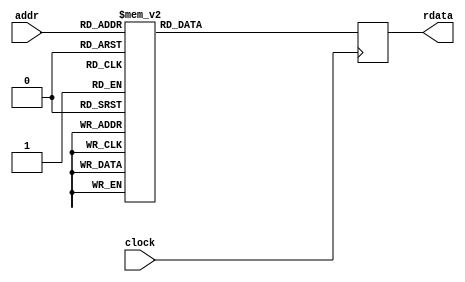

`timescale 1ps/1ps
module bm_cg_rom (clock, addr, rdata);


input              clock    ;
input  [6:0]       addr     ;
output [30:0]      rdata    ;

reg    [30:0]      rdata    ;

always @(posedge clock)
  case(addr)
    7'd0: rdata <= #1 {19'd262146, 12'd20};
    7'd1: rdata <= #1 {19'd262127, 12'd59};
    7'd2: rdata <= #1 {19'd262068, 12'd99};
    7'd3: rdata <= #1 {19'd261969, 12'd138};
    7'd4: rdata <= #1 {19'd261831, 12'd178};
    7'd5: rdata <= #1 {19'd261653, 12'd217};
    7'd6: rdata <= #1 {19'd261436, 12'd256};
    7'd7: rdata <= #1 {19'd261180, 12'd296};
    7'd8: rdata <= #1 {19'd260884, 12'd335};
    7'd9: rdata <= #1 {19'd260549, 12'd374};
    7'd10: rdata <= #1 {19'd260175, 12'd413};
    7'd11: rdata <= #1 {19'd259762, 12'd452};
    7'd12: rdata <= #1 {19'd259309, 12'd492};
    7'd13: rdata <= #1 {19'd258818, 12'd531};
    7'd14: rdata <= #1 {19'd258287, 12'd569};
    7'd15: rdata <= #1 {19'd257718, 12'd608};
    7'd16: rdata <= #1 {19'd257109, 12'd647};
    7'd17: rdata <= #1 {19'd256462, 12'd686};
    7'd18: rdata <= #1 {19'd255777, 12'd724};
    7'd19: rdata <= #1 {19'd255053, 12'd763};
    7'd20: rdata <= #1 {19'd254290, 12'd801};
    7'd21: rdata <= #1 {19'd253489, 12'd839};
    7'd22: rdata <= #1 {19'd252650, 12'd877};
    7'd23: rdata <= #1 {19'd251773, 12'd915};
    7'd24: rdata <= #1 {19'd250859, 12'd953};
    7'd25: rdata <= #1 {19'd249906, 12'd990};
    7'd26: rdata <= #1 {19'd248915, 12'd1028};
    7'd27: rdata <= #1 {19'd247888, 12'd1065};
    7'd28: rdata <= #1 {19'd246822, 12'd1102};
    7'd29: rdata <= #1 {19'd245720, 12'd1139};
    7'd30: rdata <= #1 {19'd244581, 12'd1176};
    7'd31: rdata <= #1 {19'd243405, 12'd1213};
    7'd32: rdata <= #1 {19'd242192, 12'd1249};
    7'd33: rdata <= #1 {19'd240942, 12'd1286};
    7'd34: rdata <= #1 {19'd239657, 12'd1322};
    7'd35: rdata <= #1 {19'd238335, 12'd1358};
    7'd36: rdata <= #1 {19'd236978, 12'd1393};
    7'd37: rdata <= #1 {19'd235584, 12'd1429};
    7'd38: rdata <= #1 {19'd234156, 12'd1464};
    7'd39: rdata <= #1 {19'd232692, 12'd1499};
    7'd40: rdata <= #1 {19'd231193, 12'd1534};
    7'd41: rdata <= #1 {19'd229659, 12'd1568};
    7'd42: rdata <= #1 {19'd228090, 12'd1603};
    7'd43: rdata <= #1 {19'd226487, 12'd1637};
    7'd44: rdata <= #1 {19'd224851, 12'd1671};
    7'd45: rdata <= #1 {19'd223180, 12'd1704};
    7'd46: rdata <= #1 {19'd221475, 12'd1738};
    7'd47: rdata <= #1 {19'd219738, 12'd1771};
    7'd48: rdata <= #1 {19'd217967, 12'd1804};
    7'd49: rdata <= #1 {19'd216163, 12'd1836};
    7'd50: rdata <= #1 {19'd214327, 12'd1868};
    7'd51: rdata <= #1 {19'd212458, 12'd1900};
    7'd52: rdata <= #1 {19'd210558, 12'd1932};
    7'd53: rdata <= #1 {19'd208626, 12'd1964};
    7'd54: rdata <= #1 {19'd206662, 12'd1995};
    7'd55: rdata <= #1 {19'd204668, 12'd2026};
    7'd56: rdata <= #1 {19'd202642, 12'd2056};
    7'd57: rdata <= #1 {19'd200586, 12'd2086};
    7'd58: rdata <= #1 {19'd198500, 12'd2116};
    7'd59: rdata <= #1 {19'd196383, 12'd2146};
    7'd60: rdata <= #1 {19'd194238, 12'd2175};
    7'd61: rdata <= #1 {19'd192063, 12'd2204};
    7'd62: rdata <= #1 {19'd189859, 12'd2232};
    7'd63: rdata <= #1 {19'd187626, 12'd2261};
    7'd64: rdata <= #1 {19'd185366, 12'd2289};
    7'd65: rdata <= #1 {19'd183077, 12'd2316};
    7'd66: rdata <= #1 {19'd180761, 12'd2343};
    7'd67: rdata <= #1 {19'd178417, 12'd2370};
    7'd68: rdata <= #1 {19'd176047, 12'd2397};
    7'd69: rdata <= #1 {19'd173650, 12'd2423};
    7'd70: rdata <= #1 {19'd171227, 12'd2449};
    7'd71: rdata <= #1 {19'd168778, 12'd2474};
    7'd72: rdata <= #1 {19'd166304, 12'd2499};
    7'd73: rdata <= #1 {19'd163805, 12'd2524};
    7'd74: rdata <= #1 {19'd161281, 12'd2548};
    7'd75: rdata <= #1 {19'd158733, 12'd2572};
    7'd76: rdata <= #1 {19'd156160, 12'd2596};
    7'd77: rdata <= #1 {19'd153565, 12'd2619};
    7'd78: rdata <= #1 {19'd150946, 12'd2641};
    7'd79: rdata <= #1 {19'd148305, 12'd2664};
    7'd80: rdata <= #1 {19'd145641, 12'd2686};
    7'd81: rdata <= #1 {19'd142955, 12'd2707};
    7'd82: rdata <= #1 {19'd140248, 12'd2728};
    7'd83: rdata <= #1 {19'd137519, 12'd2749};
    7'd84: rdata <= #1 {19'd134770, 12'd2769};
    7'd85: rdata <= #1 {19'd132001, 12'd2789};
    7'd86: rdata <= #1 {19'd129212, 12'd2809};
    7'd87: rdata <= #1 {19'd126403, 12'd2828};
    7'd88: rdata <= #1 {19'd123575, 12'd2846};
    7'd89: rdata <= #1 {19'd120729, 12'd2865};
    7'd90: rdata <= #1 {19'd117864, 12'd2882};
    7'd91: rdata <= #1 {19'd114982, 12'd2900};
    7'd92: rdata <= #1 {19'd112082, 12'd2917};
    7'd93: rdata <= #1 {19'd109166, 12'd2933};
    7'd94: rdata <= #1 {19'd106233, 12'd2949};
    7'd95: rdata <= #1 {19'd103284, 12'd2964};
    7'd96: rdata <= #1 {19'd100319, 12'd2980};
    7'd97: rdata <= #1 {19'd97339, 12'd2994};
    7'd98: rdata <= #1 {19'd94345, 12'd3008};
    7'd99: rdata <= #1 {19'd91337, 12'd3022};
    7'd100: rdata <= #1 {19'd88314, 12'd3036};
    7'd101: rdata <= #1 {19'd85279, 12'd3048};
    7'd102: rdata <= #1 {19'd82231, 12'd3061};
    7'd103: rdata <= #1 {19'd79170, 12'd3073};
    7'd104: rdata <= #1 {19'd76097, 12'd3084};
    7'd105: rdata <= #1 {19'd73013, 12'd3095};
    7'd106: rdata <= #1 {19'd69918, 12'd3106};
    7'd107: rdata <= #1 {19'd66812, 12'd3116};
    7'd108: rdata <= #1 {19'd63696, 12'd3125};
    7'd109: rdata <= #1 {19'd60571, 12'd3134};
    7'd110: rdata <= #1 {19'd57437, 12'd3143};
    7'd111: rdata <= #1 {19'd54294, 12'd3151};
    7'd112: rdata <= #1 {19'd51142, 12'd3159};
    7'd113: rdata <= #1 {19'd47983, 12'd3166};
    7'd114: rdata <= #1 {19'd44817, 12'd3173};
    7'd115: rdata <= #1 {19'd41644, 12'd3179};
    7'd116: rdata <= #1 {19'd38465, 12'd3185};
    7'd117: rdata <= #1 {19'd35280, 12'd3190};
    7'd118: rdata <= #1 {19'd32090, 12'd3195};
    7'd119: rdata <= #1 {19'd28894, 12'd3199};
    7'd120: rdata <= #1 {19'd25695, 12'd3203};
    7'd121: rdata <= #1 {19'd22491, 12'd3207};
    7'd122: rdata <= #1 {19'd19285, 12'd3210};
    7'd123: rdata <= #1 {19'd16075, 12'd3212};
    7'd124: rdata <= #1 {19'd12863, 12'd3214};
    7'd125: rdata <= #1 {19'd9649, 12'd3215};
    7'd126: rdata <= #1 {19'd6433, 12'd3216};
    7'd127: rdata <= #1 {19'd3217, 12'd3217};
    default: rdata <= #1 31'd0;
  endcase

endmodule